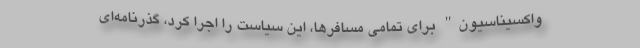
واکسیناسیون" برای تمامی مسافرها، این سیاست را اجرا کرد، گذرنامه‌ای